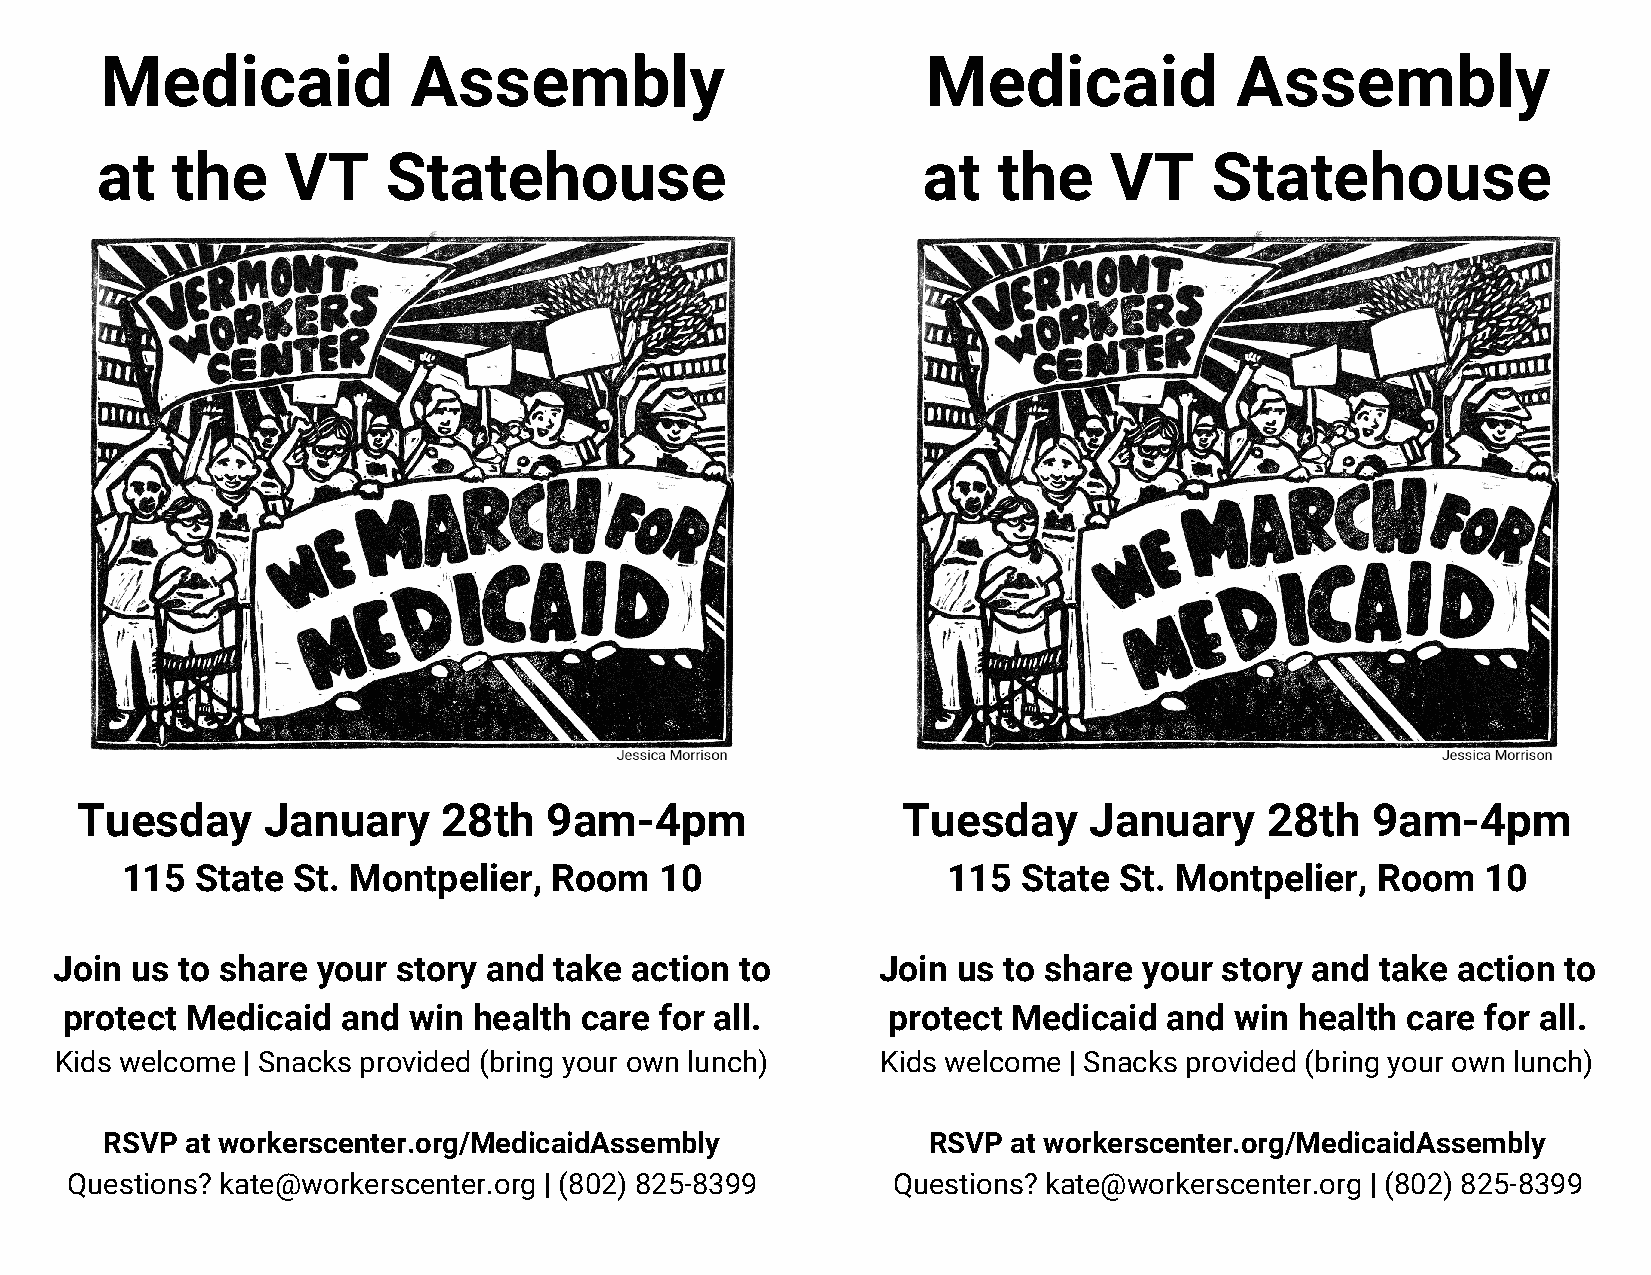
Medicaid            Assembly                          Medicaid             Assembly
 at   the     VT     Statehouse                         at   the    VT     Statehouse
 Tuesday     January     28th   9am-4pm                 Tuesday     January     28th   9am-4pm
 115  State St. Montpelier,  Room    10                 115  State St. Montpelier,  Room   10
 Join us to share your story and  take action to       Join us to share  your story and take action to
 protect Medicaid   and win health care  for all.       protect Medicaid  and  win health care for all.
 Kids welcome | Snacks provided (bring your own lunch) Kids welcome | Snacks provided (bring your own lunch)
 RSVP at w​orkerscenter.org/​ MedicaidAssembly         RSVP  at w​orkerscenter.org/​ MedicaidAssembly
 Questions? ​kate@workerscenter.org​ | (802) 825-8399   Questions? k​ ate@workerscenter.org​ | (802) 825-8399